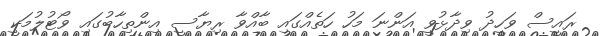
ރައީސް ވަހީދު ވިދާޅުވީ އަންނަ މަހު ހަތެއްގައި ބާއްވާ ރިޔާސީ އިންތިހާބުގައި ވޯޓުލުމަކީ